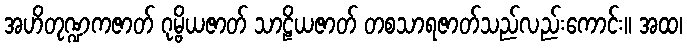
အဟိတုဏ္ဍကဇာတ် ဂုမ္ဗိယဇာတ် သာဠိယဇာတ် တစသာရဇာတ်သည်လည်းကောင်း။ အထ၊